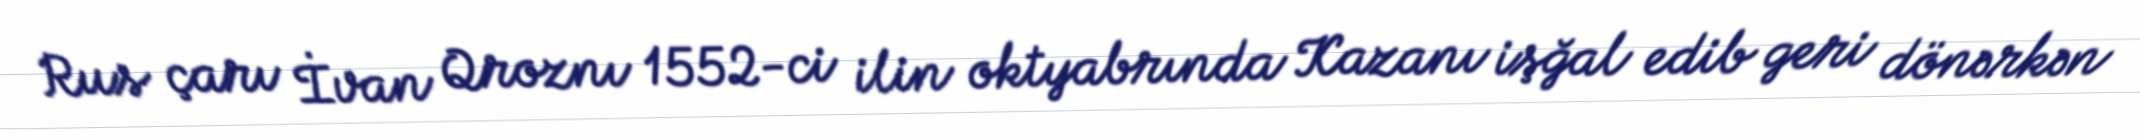
Rus çarı İvan Qroznı 1552-ci ilin oktyabrında Kazanı işğal edib geri dönərkən